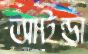
আটন্ডা